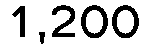
1,200